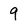
Character: 9